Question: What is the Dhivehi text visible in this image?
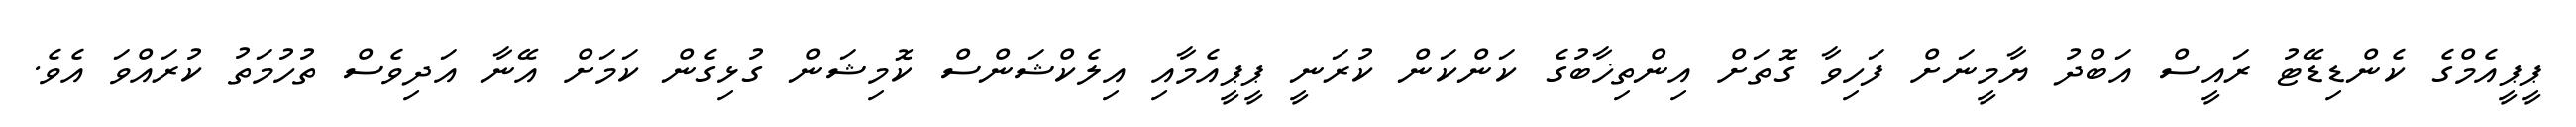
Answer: ޕީޕީއެމްގެ ކެންޑިޑޭޓު ރައީސް އަބްދު ޔާމީނަށް ފަހިވާ ގޮތަށް އިންތިޚާބުގެ ކަންކަން ކުރަނީ ޕީޕީއެމާއި އިލެކްޝަންސް ކޮމިޝަން ގުޅިގެން ކަމަށް އޭނާ އަދިވެސް ތުހުމަތު ކުރައްވަ އެވެ.